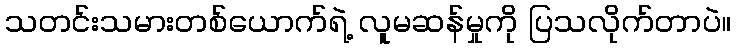
သတင်းသမားတစ်ယောက်ရဲ့ လူမဆန်မှုကို ပြသလိုက်တာပဲ။